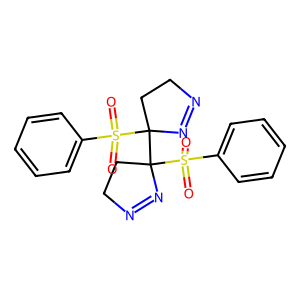
SMILES: O=S(=O)(c1ccccc1)C1(C2(S(=O)(=O)c3ccccc3)CCN=N2)CCN=N1
Inhibits HIV replication: No